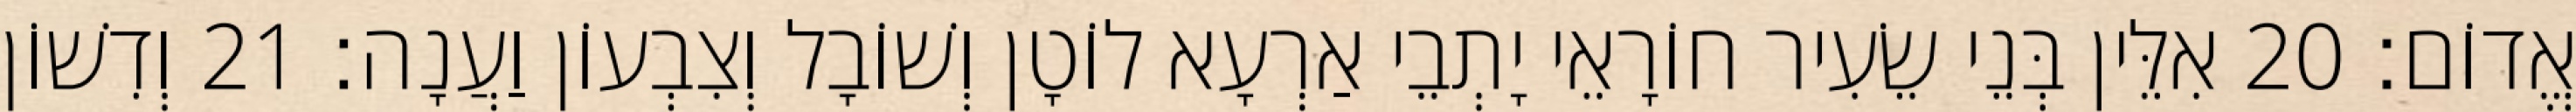
אֱדוֹם׃ 20 אִלֵּין בְּנֵי שֵׂעִיר חוֹרָאֵי יָתְבֵי אַרְעָא לוֹטָן וְשׁוֹבָל וְצִבְעוֹן וַעֲנָה׃ 21 וְדִשׁוֹן